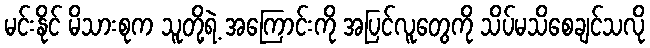
မင်းနိုင် မိသားစုက သူတို့ရဲ့ အကြောင်းကို အပြင်လူတွေကို သိပ်မသိစေချင်သလို